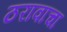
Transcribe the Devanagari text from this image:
ठरावाचा